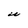
Character: U